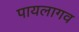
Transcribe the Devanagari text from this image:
पायलागव